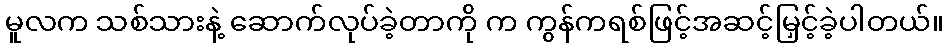
မူလက သစ်သားနဲ့ ဆောက်လုပ်ခဲ့တာကို က ကွန်ကရစ်ဖြင့်အဆင့်မြှင့်ခဲ့ပါတယ်။